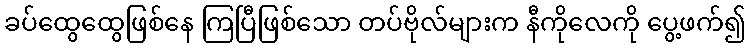
ခပ်ထွေထွေဖြစ်နေ ကြပြီဖြစ်သော တပ်ဗိုလ်များက နီကိုလေကို ပွေ့ဖက်၍